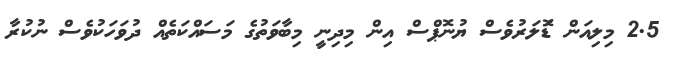
2.5 މިލިއަން ޑޮަލަރުވެސް ޔުނޮޕްސް އިން މިދިނީ މިބާވަތުގެ މަސައްކަތެއް ދުވަހަކުވެސް ނުކުރާ